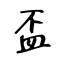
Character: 盃